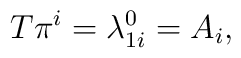
T \pi^{i}=\lambda^0_{1i}=A_{i} ,